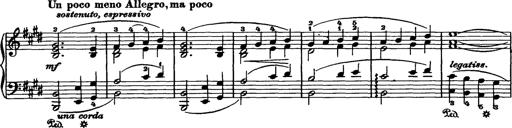
Title: BÃ¼low-Marsch
Composer: Franz Liszt